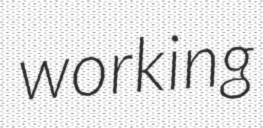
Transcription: working